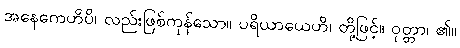
အနေကေဟိပိ၊ လည်းဖြစ်ကုန်သော။ ပရိယာယေဟိ၊ တို့ဖြင့်။ ဝုတ္တာ၊ ၏။